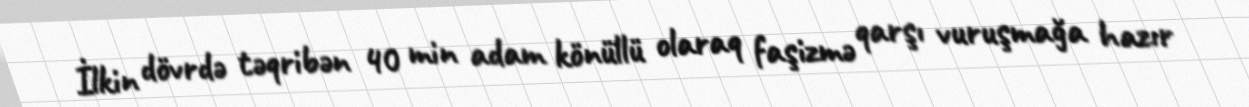
İlkin dövrdə təqribən 40 min adam könüllü olaraq faşizmə qarşı vuruşmağa hazır